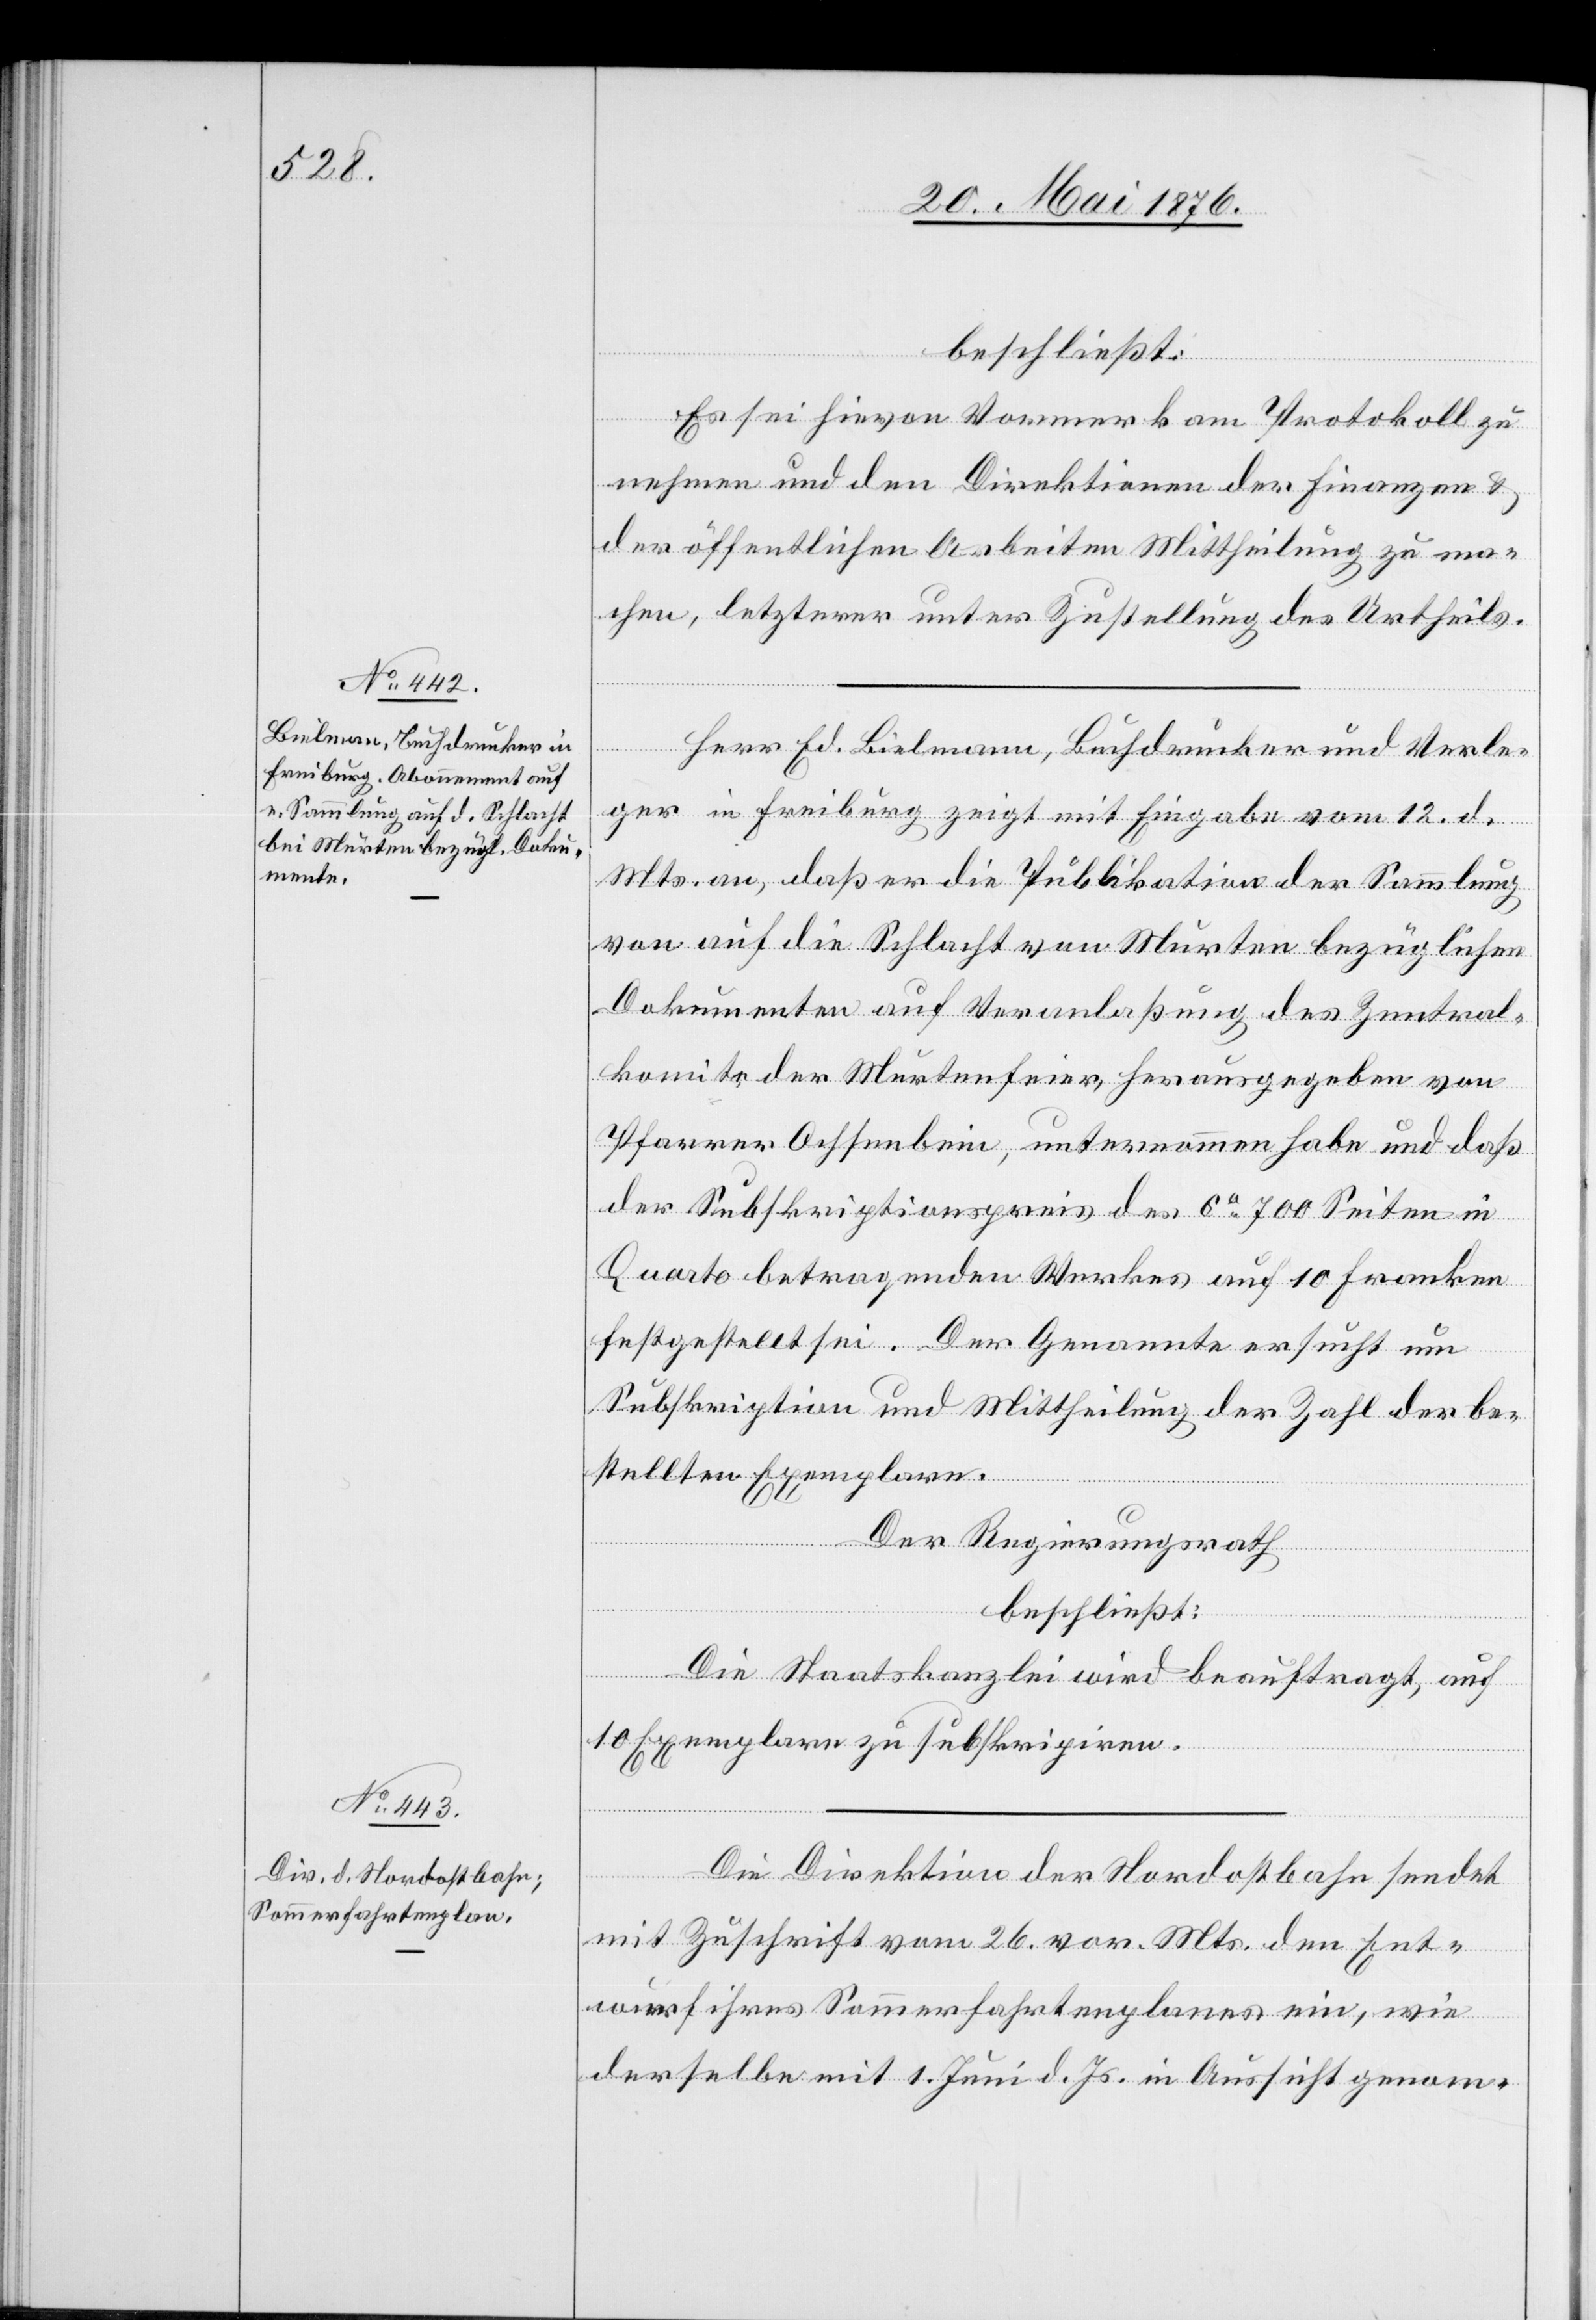
beschließt:
Es sei hievon Vormerk am Protokoll zu
nehmen und den Direktionen der Finanzen &
der öffentlichen Arbeiten Mittheilung zu ma¬
chen, letzterer unter Zustellung des Urtheils.
Herr Ed. Bielmann [sic!], Buchdrucker und Verle¬
ger in Freiburg zeigt mit Eingabe vom 12. d.
Mts. an, daß er die Publikation der Sammlung
von auf die Schlacht von Murten bezüglichen
Dokumenten auf Veranlaßung des Zentral¬
komite der Murtenfeier, herausgegeben von
Pfarrer Ochsenbein, unternommen habe und daß
der Subskriptionspreis des ca 700 Seiten in
Quarto betragenden Werkes auf 10 Franken
festgestellt sei. Der Genannte ersucht um
Subskription und Mittheilung der Zahl der be¬
stellten Exemplare.
Der Regierungsrath,
beschließt:
Die Staatskanzlei wird beauftragt, auf
10 Exemplare zu subskripiren.
Die Direktion der Nordostbahn sendet
mit Zuschrift vom 26. vor. Mts. den Ent¬
wurf ihres Sommerfahrtenplanes ein, wie
derselbe mit 1. Juni d. Js. in Aussicht genom-